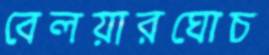
বেলয়ারঘোচ